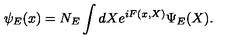
\psi _ { E } ( x ) = N _ { E } \int d X e ^ { i F ( x , X ) } \Psi _ { E } ( X ) .